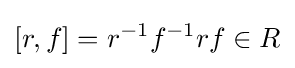
\lbrack r,f\rbrack =r^{-1}f^{-1}rf\in R